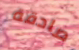
صادقة